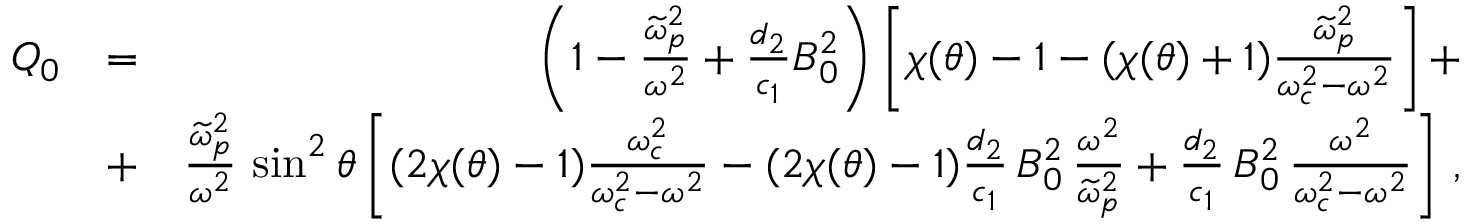
\begin{array} { r l r } { Q _ { 0 } } & { = } & { \left( 1 - \frac { \widetilde { \omega } _ { p } ^ { 2 } } { \omega ^ { 2 } } + \frac { d _ { 2 } } { c _ { 1 } } B _ { 0 } ^ { 2 } \right) \left[ \chi ( \theta ) - 1 - ( \chi ( \theta ) + 1 ) \frac { \widetilde { \omega } _ { p } ^ { 2 } } { \omega _ { c } ^ { 2 } - \omega ^ { 2 } } \right] + } \\ & { + } & { \frac { \widetilde { \omega } _ { p } ^ { 2 } } { \omega ^ { 2 } } \, \sin ^ { 2 } \theta \left[ ( 2 \chi ( \theta ) - 1 ) \frac { \omega _ { c } ^ { 2 } } { \omega _ { c } ^ { 2 } - \omega ^ { 2 } } - ( 2 \chi ( \theta ) - 1 ) \frac { d _ { 2 } } { c _ { 1 } } \, B _ { 0 } ^ { 2 } \, \frac { \omega ^ { 2 } } { \widetilde { \omega } _ { p } ^ { 2 } } + \frac { d _ { 2 } } { c _ { 1 } } \, B _ { 0 } ^ { 2 } \, \frac { \omega ^ { 2 } } { \omega _ { c } ^ { 2 } - \omega ^ { 2 } } \right] \, , } \end{array}